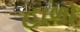
હાળો